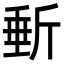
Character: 𣂩